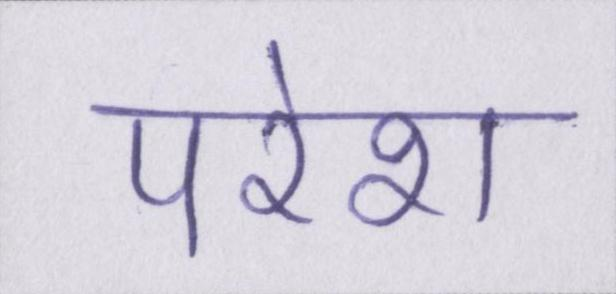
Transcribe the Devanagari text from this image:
परेश